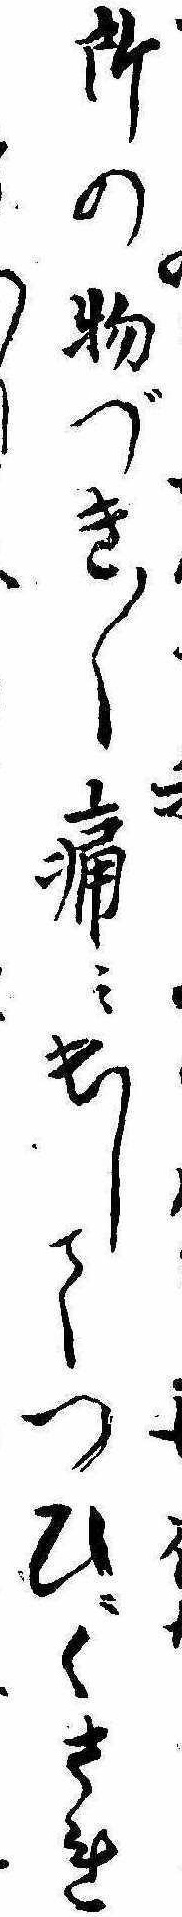
所の物づき〱痛み出してつひにくされ